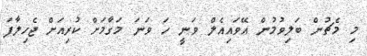
މި މެޗުން ބަލިވުމުން އޭވައިއެލް ވަނީ ހަ ވަނަ މަގާމަށް ކުރިއަށް ޖެހިލާފަ